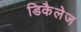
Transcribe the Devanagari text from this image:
डिकैलेज